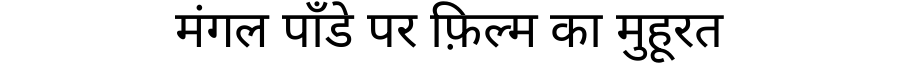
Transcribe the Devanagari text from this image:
मंगल पाँडे पर फ़िल्म का मुहूरत